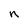
Character: n